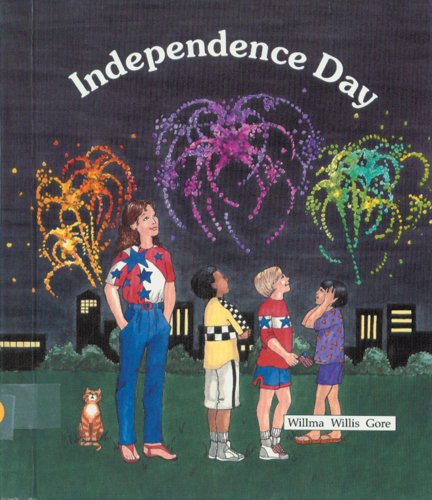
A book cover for Independence Day (Best Holiday Books); Willma Willis Gore; Children's Books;